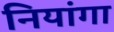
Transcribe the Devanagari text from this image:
नियांगा